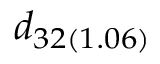
d _ { 3 2 ( 1 . 0 6 ) }